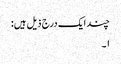
چند ایک درج ذیل ہیں:
۱۔